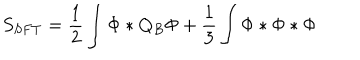
S _ { S F T } = \frac 1 2 \int \Phi * Q _ { B } \Phi + \frac 1 3 \int \Phi * \Phi * \Phi